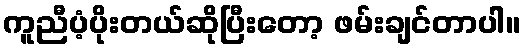
ကူညီပံ့ပိုးတယ်ဆိုပြီးတော့ ဖမ်းချင်တာပါ။